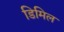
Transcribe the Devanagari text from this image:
डिमिल